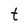
Character: t